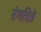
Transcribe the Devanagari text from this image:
रंगचित्रे